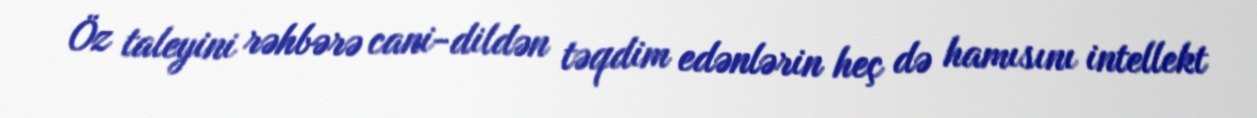
Öz taleyini rəhbərə cani-dildən təqdim edənlərin heç də hamısını intellekt